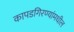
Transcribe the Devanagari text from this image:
कापडगिरण्यांमधील